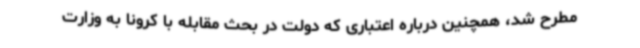
مطرح شد، همچنین درباره اعتباری که دولت در بحث مقابله با کرونا به وزارت